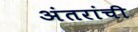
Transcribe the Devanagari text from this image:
अंतरांची